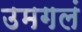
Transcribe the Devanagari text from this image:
उमगलं